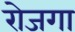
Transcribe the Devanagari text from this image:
रोजगा